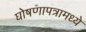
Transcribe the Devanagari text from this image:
घोषणापत्रामध्ये